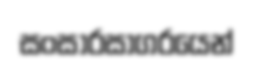
සංසාරසාගරයෙන්